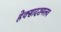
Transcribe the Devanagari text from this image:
हेक्सादशमलव